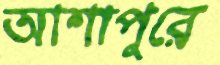
আশাপুরে